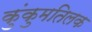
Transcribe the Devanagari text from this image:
कुंकुमतिलक